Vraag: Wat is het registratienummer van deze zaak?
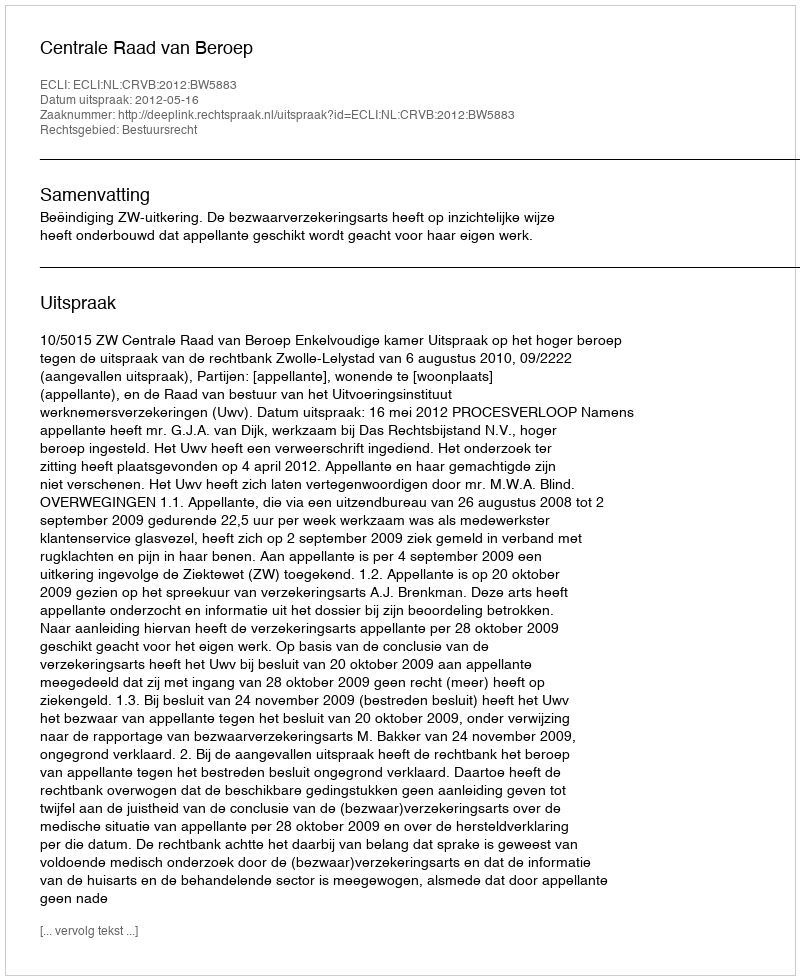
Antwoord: http://deeplink.rechtspraak.nl/uitspraak?id=ECLI:NL:CRVB:2012:BW5883